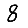
Digit: 8